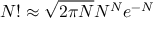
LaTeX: N ! \approx { \sqrt { 2 \pi N } } N ^ { N } e ^ { - N }